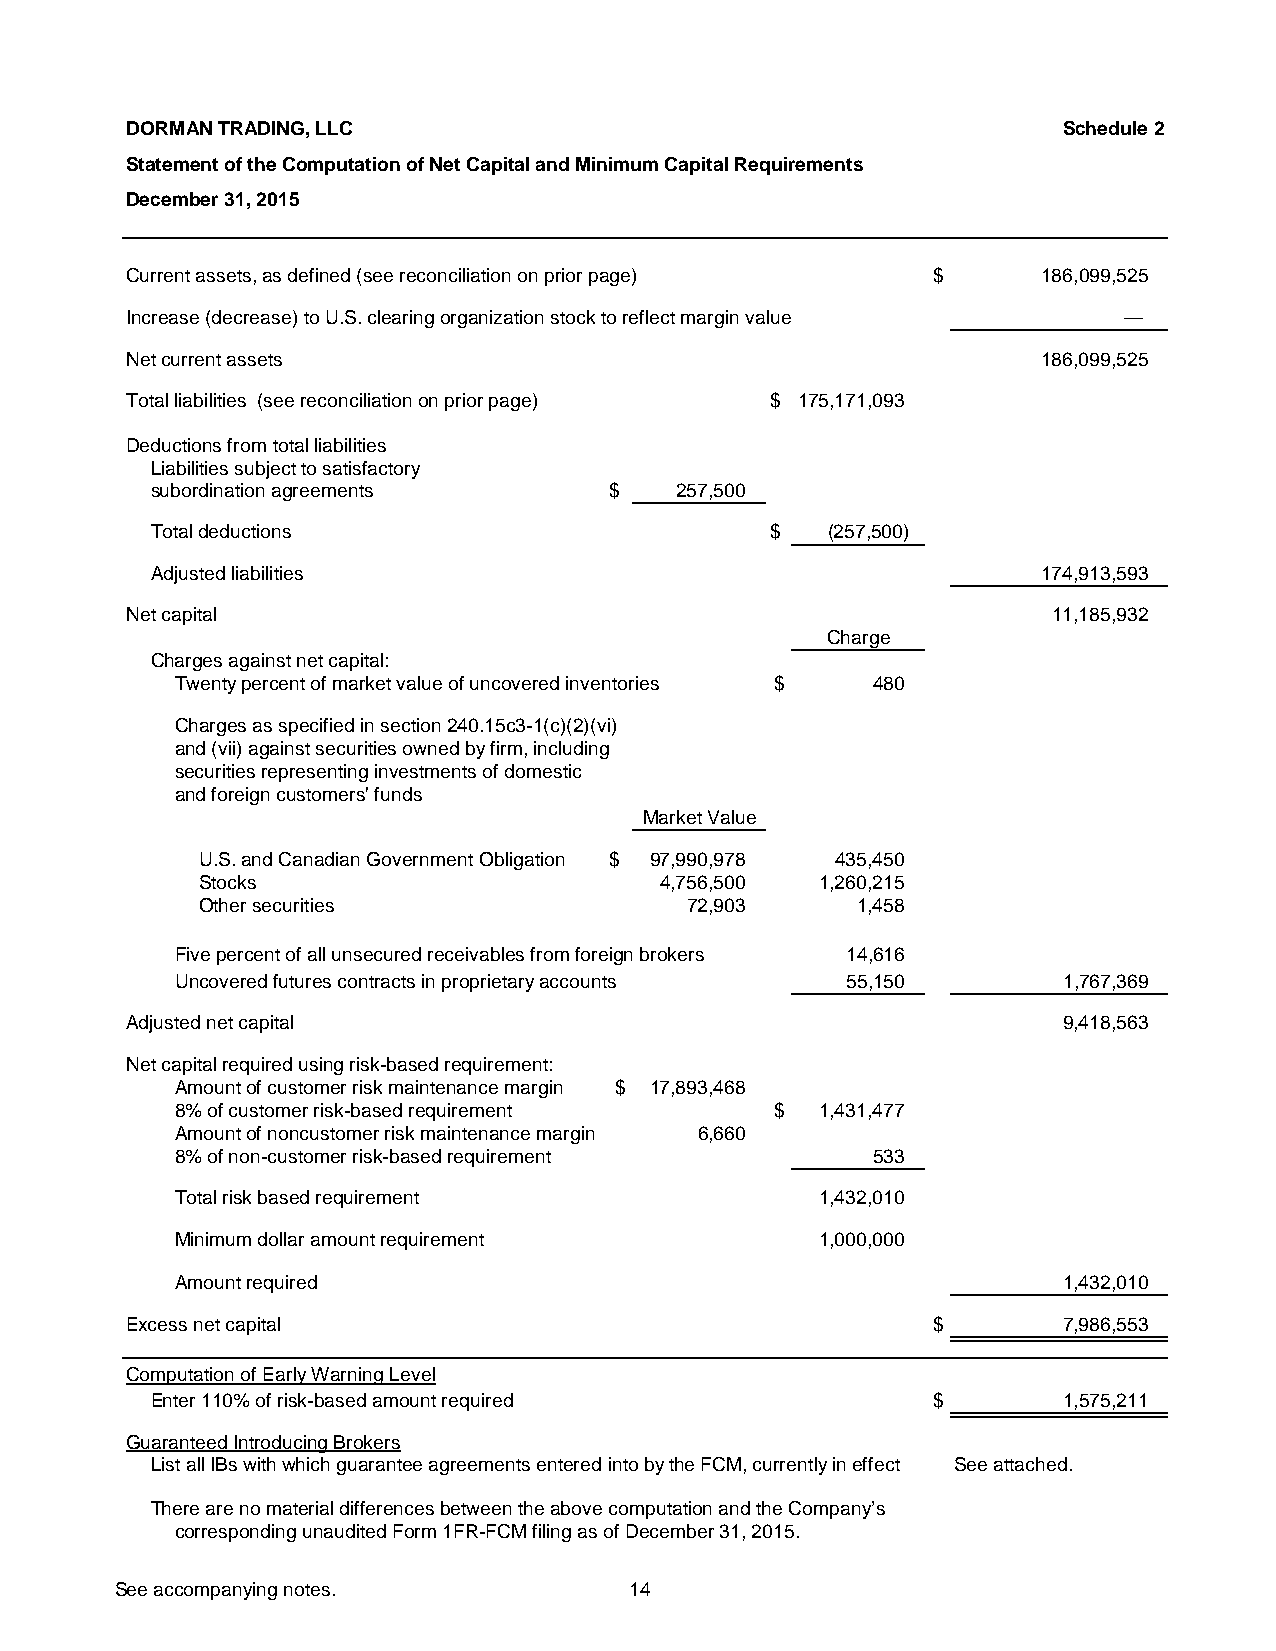
DORMAN TRADING, LLC                                           Schedule 2
 Statement of the Computation of Net Capital and Minimum Capital Requirements
 December 31, 2015
 Current assets, as defined (see reconciliation on prior page) $ 186,099,525
 Increase (decrease) to U.S. clearing organization stock to reflect margin value —
 Net current assets                                           186,099,525
 Total liabilities (see reconciliation on prior page) $ 175,171,093
 Deductions from total liabilities
 Liabilities subject to satisfactory
 subordination agreements      $   257,500
 Total deductions                         $  (257,500)
 Adjusted liabilities                                       174,913,593
 Net capital                                                  11,185,932
 Charge
 Charges against net capital:
 Twenty percent of market value of uncovered inventories $ 480
 Charges as specified in section 240.15c3-1(c)(2)(vi)
 and (vii) against securities owned by firm, including
 securities representing investments of domestic
 and foreign customers' funds
 Market Value
 U.S. and Canadian Government Obligation $ 97,990,978 435,450
 Stocks                        4,756,500  1,260,215
 Other securities                72,903     1,458
 Five percent of all unsecured receivables from foreign brokers 14,616
 Uncovered futures contracts in proprietary accounts 55,150 1,767,369
 Adjusted net capital                                          9,418,563
 Net capital required using risk-based requirement:
 Amount of customer risk maintenance margin $ 17,893,468
 8% of customer risk-based requirement   $  1,431,477
 Amount of noncustomer risk maintenance margin 6,660
 8% of non-customer risk-based requirement     533
 Total risk based requirement               1,432,010
 Minimum dollar amount requirement          1,000,000
 Amount required                                            1,432,010
 Excess net capital                                   $        7,986,553
 Computation of Early Warning Level
 Enter 110% of risk-based amount required           $        1,575,211
 Guaranteed Introducing Brokers
 List all IBs with which guarantee agreements entered into by the FCM, currently in effect See attached.
 There are no material differences between the above computation and the Company’s
 corresponding unaudited Form 1FR-FCM filing as of December 31, 2015.
 See accompanying notes.           14